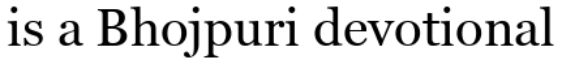
is a Bhojpuri devotional